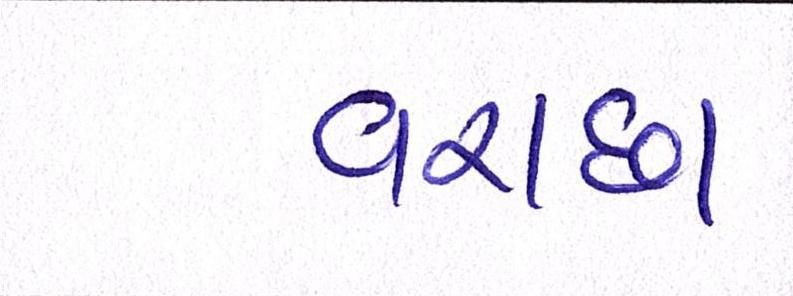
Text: વરાછા